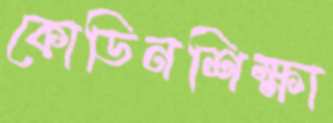
কোডিনশিক্ষা